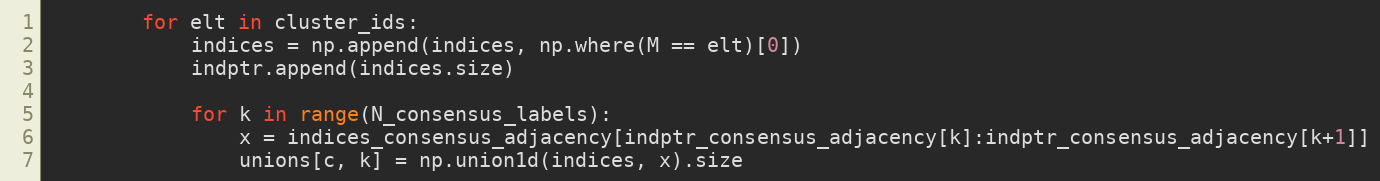
Language: Python
        for elt in cluster_ids:
            indices = np.append(indices, np.where(M == elt)[0])
            indptr.append(indices.size)

            for k in range(N_consensus_labels):
                x = indices_consensus_adjacency[indptr_consensus_adjacency[k]:indptr_consensus_adjacency[k+1]]
                unions[c, k] = np.union1d(indices, x).size